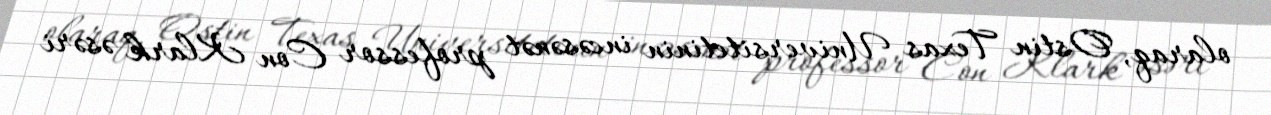
olaraq, Ostin Texas Universitetinin incəsənət professor Con Klark əsəri